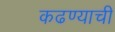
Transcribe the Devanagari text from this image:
कढण्याची